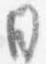
日